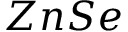
Z n S e